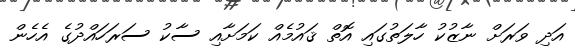
އަދި ވަރަށް ނާޒުކު ހާލަތުގައި އޮތް ޤައުމެއް ކަމަށާއި ސާކު ސަރަހައްދުގެ އެހެން